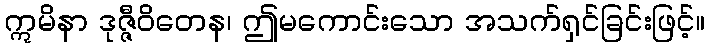
ဣမိနာ ဒုဇ္ဇီဝိတေန၊ ဤမကောင်းသော အသက်ရှင်ခြင်းဖြင့်။